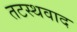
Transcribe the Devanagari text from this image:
तटस्थवाद